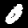
Label: 0